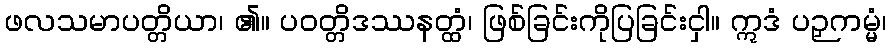
ဖလသမာပတ္တိယာ၊ ၏။ ပဝတ္တိဒဿနတ္ထံ၊ ဖြစ်ခြင်းကိုပြခြင်းငှါ။ ဣဒံ ပဉှကမ္မံ၊